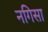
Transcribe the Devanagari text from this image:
नगिसा